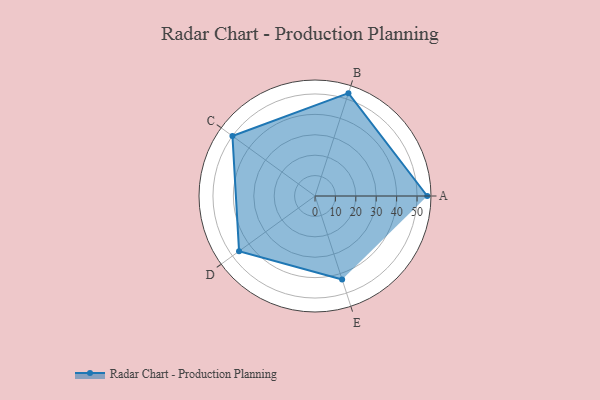
{"axis": {"x": "Skill", "y": "Score"}, "legend": ["Profile"], "data": [{"x": "A", "y": 55.0, "type": "Profile"}, {"x": "B", "y": 53.0, "type": "Profile"}, {"x": "C", "y": 50.0, "type": "Profile"}, {"x": "D", "y": 46.0, "type": "Profile"}, {"x": "E", "y": 43.0, "type": "Profile"}]}